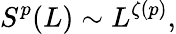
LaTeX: S^{p}(L)\sim L^{\zeta(p)},